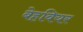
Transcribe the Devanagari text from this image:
बेहवियर